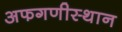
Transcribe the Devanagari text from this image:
अफगणीस्थान